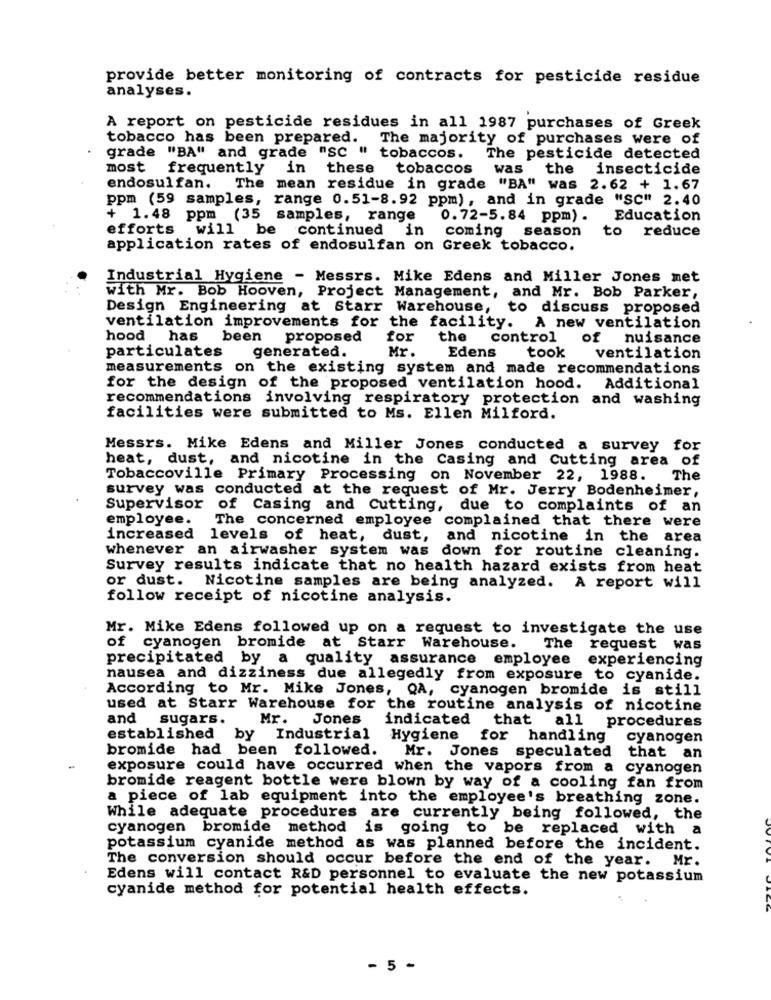
provide better monitoring of contracts for pesticide residue
analyses.
A report on pesticide residues in all 1987 purchases of Greek
tobacco has been prepared. The majority of purchases were of
grade "BA" and grade "SC " tobaccos.
The pesticide detected
most frequently in
these tobaccos
was
the
insecticide
endosulfan. The mean residue in grade "BA" was 2.62 + 1.67
ppm (59 samples, range 0.51-8.92 ppm), and in grade "SC" 2.40
+ 1.48 ppm (35 samples, range
0.72-5.84 ppm). Education
efforts will be continued in
coming season
to reduce
application rates of endosulfan on Greek tobacco.
Industrial Hygiene - Messrs. Mike Edens and Miller Jones met
with Mr. Bob Hooven, Project Management, and Mr. Bob Parker,
Design Engineering at Starr Warehouse,
to discuss proposed
ventilation improvements for the facility. A new ventilation
hood has
been proposed
for
the
control
of nuisance
particulates
generated.
Mr.
Edens
took
ventilation
measurements on the existing system and made recommendations
for the design of the proposed ventilation hood. Additional
recommendations involving respiratory protection and washing
facilities were submitted to Ms. Ellen Milford.
Messrs. Mike Edens and Miller Jones conducted a survey for
heat, dust, and nicotine in the Casing and Cutting area of
Tobaccoville Primary Processing on November 22, 1988.
The
survey was conducted at the request of Mr. Jerry Bodenheimer,
Supervisor of Casing and Cutting, due to complaints of an
employee.
The concerned employee complained that there were
increased levels of heat, dust, and nicotine in the area
whenever an airwasher system was down for routine cleaning.
Survey results indicate that no health hazard exists from heat
or dust. Nicotine samples are being analyzed. A report will
follow receipt of nicotine analysis.
Mr. Mike Edens followed up on a request to investigate the use
of cyanogen bromide at Starr Warehouse.
The
request was
precipitated by a quality assurance employee
experiencing
nausea and dizziness due allegedly from exposure to cyanide.
According to Mr. Mike Jones, QA, cyanogen bromide is still
used at Starr Warehouse for the routine analysis of nicotine
and
sugars.
Mr.
Jones
indicated that all procedures
established
by Industrial
Hygiene
for handling
cyanogen
bromide had been followed.
Mr. Jones speculated
that an
exposure could have occurred when the vapors from a cyanogen
bromide reagent bottle were blown by way of a cooling fan from
a piece of lab equipment into the employee's breathing zone.
While adequate procedures are currently being followed, the
cyanogen bromide method is going to be replaced with a
potassium cyanide method as was planned before the incident.
The conversion should occur before the end of the year. Mr.
Edens will contact R&D personnel to evaluate the new potassium
cyanide method for potential health effects.
- 5 -